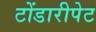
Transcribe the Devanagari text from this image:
टोंडारीपेट